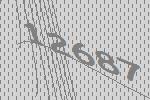
12687